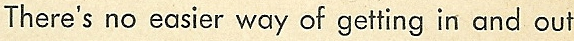
There's no easier way of getting in and out